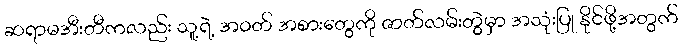
ဆရာမအီးတီကလည်း သူ့ရဲ့ အဝတ် အစားတွေကို ဇာတ်လမ်းတွဲမှာ အသုံးပြု နိုင်ဖို့အတွက်